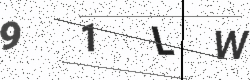
Text: 91LW